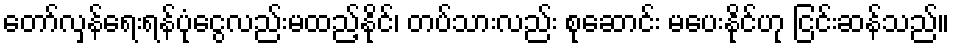
တော်လှန်ရေးရန်ပုံငွေလည်းမထည့်နိုင်၊ တပ်သားလည်း စုဆောင်း မပေးနိုင်ဟု ငြင်းဆန်သည်။